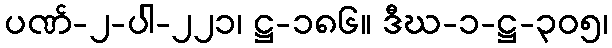
ပဏ်-၂-ပါ-၂၂၁၊ ဋ္ဌ-၁၈၆။ ဒီဃ-၁-ဋ္ဌ-၃၀၅၊